Indian journal of veterinary science and animal husbandry - Volume 10,
Year: 1940
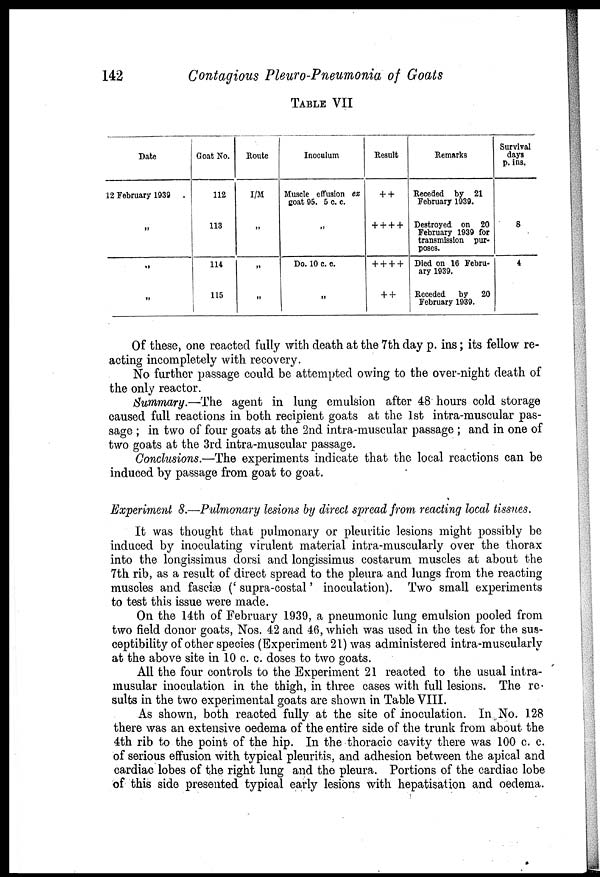
142
Contagious Pleuro-Pneumonia of Goats
TABLE VII
Date
12 February 1939 .
„
„
„
Goat No.
112
113
114
115
Route
I/M
„
„
„
Inoculum
Muscle effusion ex
goat 95.5 c. c.
„
Do. 10 c. c.
„
Result
+ +
+ + + +
+ + + +
+ +
Remarks
Receded by 21
February 1939.
Destroyed on 20
February 1939 for
transmission pur-
poses.
Died on 16 Febru-
ary 1939.
Receded by 20
February 1939.
Survival
days
p. ins.
8
4
Of these, one reacted fully with death at the 7th day p. ins; its fellow re-
acting incompletely with recovery.
No further passage could be attempted owing to the over-night death of
the only reactor.
Summary.—The agent in lung emulsion after 48 hours cold storage
caused full reactions in both recipient goats at the 1st intra-muscular pas-
sage ; in two of four goats at the 2nd intra-muscular passage ; and in one of
two goats at the 3rd intra-muscular passage.
Conclusions.—The experiments indicate that the local reactions can be
induced by passage from goat to goat.
Experiment 8.—Pulmonary lesions by direct spread from reacting local tissues.
It was thought that pulmonary or pleuritic lesions might possibly be
induced by inoculating virulent material intra-muscularly over the thorax
into the longissimus dorsi and longissimus costarum muscles at about the
7th rib, as a result of direct spread to the pleura and lungs from the reacting
muscles and fasciæ (' supra-costal ' inoculation). Two small experiments
to test this issue were made.
On the 14th of February 1939, a pneumonic lung emulsion pooled from
two field donor goats, Nos. 42 and 46, which was used in the test for the sus-
ceptibility of other species (Experiment 21) was administered intra-muscularly
at the above site in 10 c. c. doses to two goats.
All the four controls to the Experiment 21 reacted to the usual intra¬
musular inoculation in the thigh, in three cases with full lesions. The re-
sults in the two experimental goats are shown in Table VIII.
As shown, both reacted fully at the site of inoculation. In No. 128
there was an extensive oedema of the entire side of the trunk from about the
4th rib to the point of the hip. In the thoracic cavity there was 100 c. c.
of serious effusion with typical pleuritis, and adhesion between the apical and
cardiac lobes of the right lung and the pleura. Portions of the cardiac lobe
of this side presented typical early lesions with hepatisation and oedema.